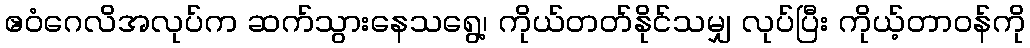
ဧဝံဂေလိအလုပ်က ဆက်သွားနေသရွေ့၊ ကိုယ်တတ်နိုင်သမျှ လုပ်ပြီး ကိုယ့်တာဝန်ကို